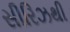
સીરિઝથી